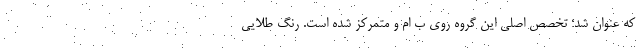
که عنوان شد؛ تخصص اصلی این گروه روی ب ام و متمرکز شده است. رنگ طلایی